Civil Veterinary Department Bihar & Orissa reports 1929-36 - 1929-1936
Year: 1929
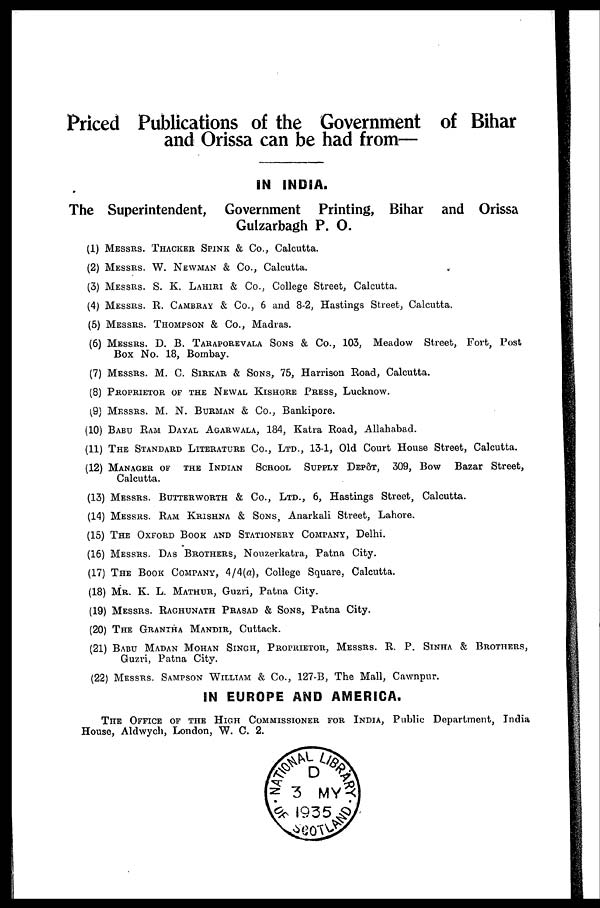
Priced Publications of the Government of Bihar
and Orissa can be had from—
IN INDIA.
The Superintendent, Government Printing, Bihar and Orissa
Gulzarbagh P. O.
(1) MESSRS. THACKER SPINK & Co., Calcutta.
(2) MESSRS. W. NEWMAN & Co., Calcutta.
(3) MESSRS. S. K. LAHIRI & Co., College Street, Calcutta.
(4) MESSRS. R. CAMBRAY & Co., 6 and 8-2, Hastings Street, Calcutta.
(5) MESSRS. THOMPSON & Co., Madras.
(6) MESSRS. D. B. TARAPOREVALA SONS & Co., 103, Meadow Street, Fort, Post
Box No. 18, Bombay.
(7) MESSRS. M. C. SIRKAR & SONS, 75, Harrison Road, Calcutta.
(8) PROPRIETOR OF THE NEWAL KISHORE PRESS, Lucknow.
(9) MESSRS. M. N. BURMAN & Co., Bankipore.
(10) BABU RAM DAYAL AGARWALA, 184, Katra Road, Allahabad.
(11) THE STANDARD LITERATURE CO., LTD., 13-1, Old Court House Street, Calcutta.
(12) MANAGER OF THE INDIAN SCHOOL SUPPLY DEPÔT, 309, Bow Bazar Street,
Calcutta.
(13) MESSRS. BUTTER WORTH & CO., LTD., 6, Hastings Street, Calcutta.
(14) MESSRS. RAM KRISHNA & SONS, Anarkali Street, Lahore.
(15) THE OXFORD BOOK AND STATIONERY COMPANY, Delhi.
(16) MESSRS. DAS BROTHERS, Nouzerkatra, Patna City.
(17) THE BOOK COMPANY, 4/4(a), College Square, Calcutta.
(18) MR. K. L. MATHUR, Guzri, Patna City.
(19) MESSRS. RAGHUNATH PRASAD & SONS, Patna City.
(20) THE GRANTHA MANDIR, Cuttack.
(21) BABU MADAN MOHAN SINGH, PROPRIETOR, MESSRS. R. P. SINHA & BROTHERS,
Guzri, Patna City.
(22) MESSRS. SAMPSON WILLIAM & Co., 127-B, The Mall, Cawnpur.
IN EUROPE AND AMERICA.
THE OFFICE OF THE HIGH COMMISSIONER FOR INDIA, Public Department, India
House, Aldwych, London, W. C. 2.